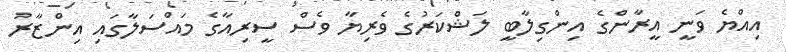
އިއްޔެ ވަނީ އީރާންގެ އިންގިލާބީ ލަޝްކަރުގެ ވެރިޔާ ވެސް ސީރިއާގެ މައްސަލާގައި އިންޒާރު